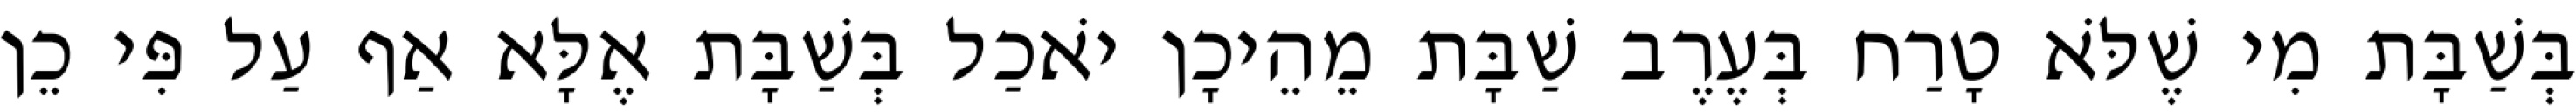
בְּשַׁבָּת מִי שֶׁלֹּא טָרַח בְּעֶרֶב שַׁבָּת מֵהֵיכָן יֹאכַל בְּשַׁבָּת אֶלָּא אַף עַל פִּי כֵן